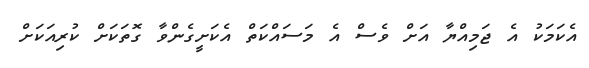
އެކަމަކު އެ ޖަމިއްޔާ އަށް ވެސް އެ މަސައްކަތް އެކަށީގެންވާ ގޮތަކަށް ކުރިއަކަށް